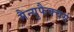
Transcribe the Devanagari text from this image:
मैन्युफैक्चर्स